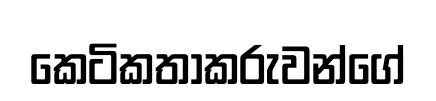
කෙටිකතාකරුවන්ගේ